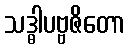
သဒ္ဓါပဗ္ဗဇိတော